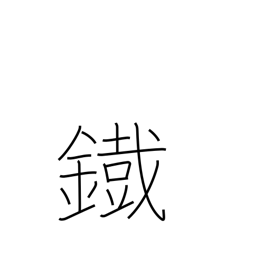
Meaning: iron